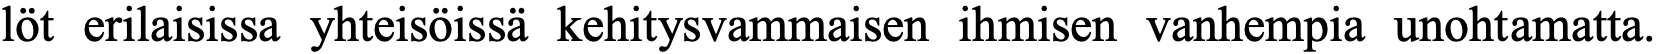
löt erilaisissa yhteisöissä kehitysvammaisen ihmisen vanhempia unohtamatta.